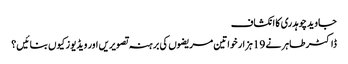
جاوید چوہدری کا انکشاف
ڈاکٹر طاہر نے 19 ہزار خواتین مریضوں کی برہنہ تصویریں اور ویڈیوز کیوں بنائیں؟